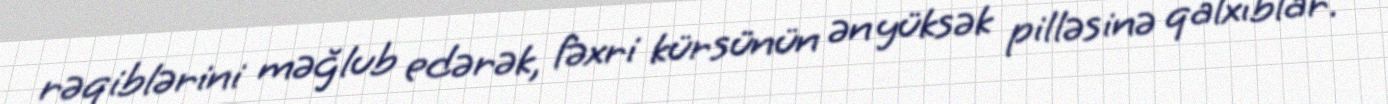
rəqiblərini məğlub edərək, fəxri kürsünün ən yüksək pilləsinə qalxıblar.